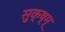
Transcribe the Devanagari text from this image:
सुक्ष्म्